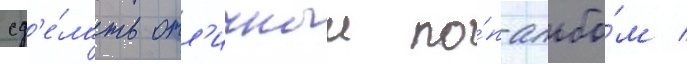
сд'е́лать отл'ичныи по́п-альбо́м /